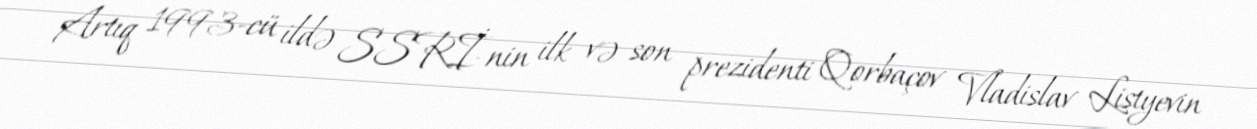
Artıq 1993-cü ildə SSRİ-nin ilk və son prezidenti Qorbaçov Vladislav Listyevin